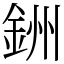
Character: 銂